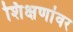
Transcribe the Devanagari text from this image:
शिक्षणांवर